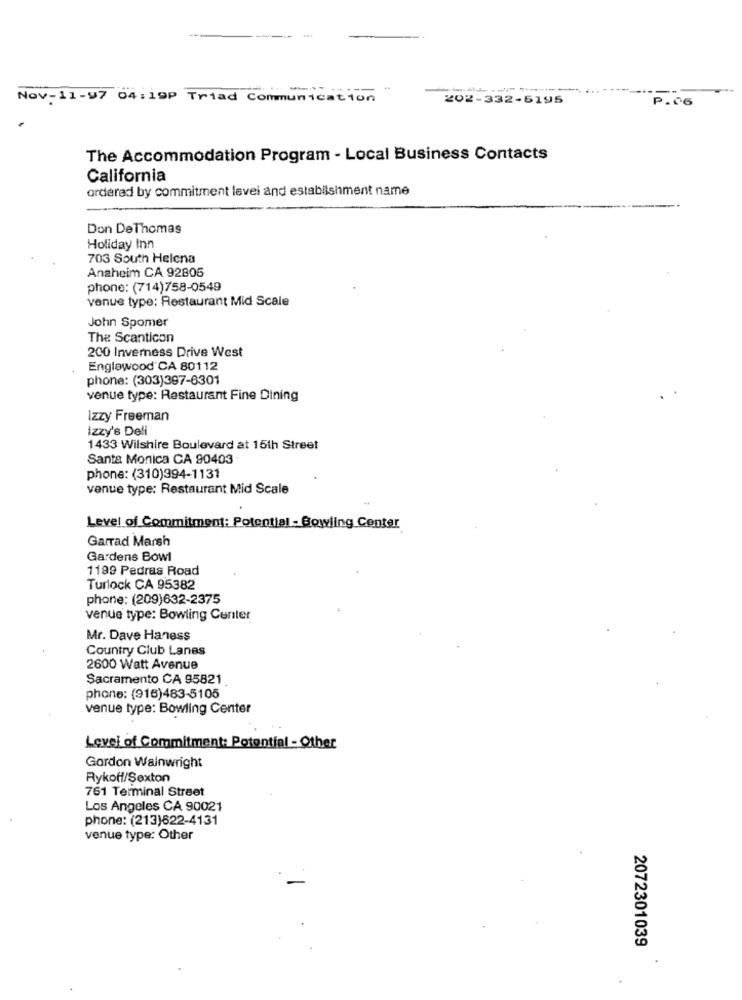
Nov-11-97 04:19P Triad Communication
202-332-5195
P.06
The Accommodation Program - Local Business Contacts
California
ordered by commitment levei and establishment name
Don DeThomas
Holiday Inn
703 South Helena
Anaheim CA 92805
phone: (714)758-0549
venue type: Restaurant Mid Scale
John Spomer
The Scanticon
200 Inverness Drive West
Englewood CA 80112
phone: (303)397-6301
venue type: Restaurant Fine Dining
Izzy Freeman
izzy's Deli
1433 Wilshire Boulevard at 15th Street
Santa Monica CA 90403
phone: (310)394-1131
venue type: Restaurant Mid Scale
Level of Commitment: Potential - Bowling Center
Garrad Marsh
Gardens Bowl
1199 Pedras Road
Turlock CA 95382
phone: (209)632-2375
venue type: Bowling Center
Mr. Dave Haness
Country Club Lanes
2600 Watt Avenue
Sacramento CA 95821
phone: (916)483-5105
venue type: Bowling Center
Level of Commitment: Potential - Other
Gordon Wainwright
Rykoff/Sexton
761 Terminal Street
Los Angeles CA 90021
phone: (213)622-4131
venue type: Other
2072301039